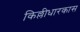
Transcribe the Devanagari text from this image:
किल्लीधारकास